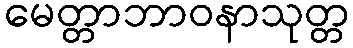
မေတ္တာဘာဝနာသုတ္တ